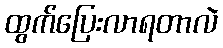
ထွက်ပြေးလာရတာလဲ